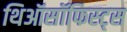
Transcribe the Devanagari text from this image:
थिऑसॉफिस्ट्स